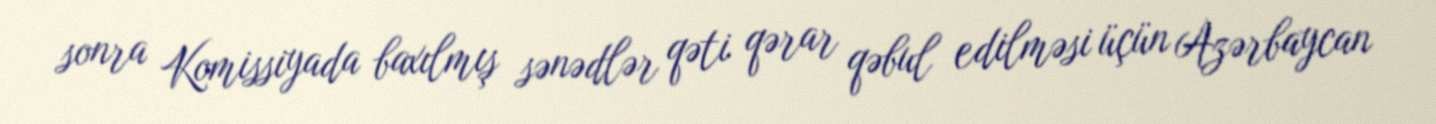
sonra Komissiyada baxılmış sənədlər qəti qərar qəbul edilməsi üçün Azərbaycan